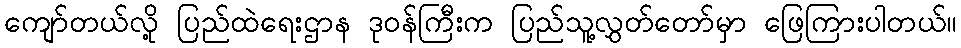
ကျော်တယ်လို့ ပြည်ထဲရေးဌာန ဒုဝန်ကြီးက ပြည်သူ့လွှတ်တော်မှာ ဖြေကြားပါတယ်။